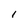
Character: I